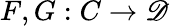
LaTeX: F,G:C\to\mathscr{D}